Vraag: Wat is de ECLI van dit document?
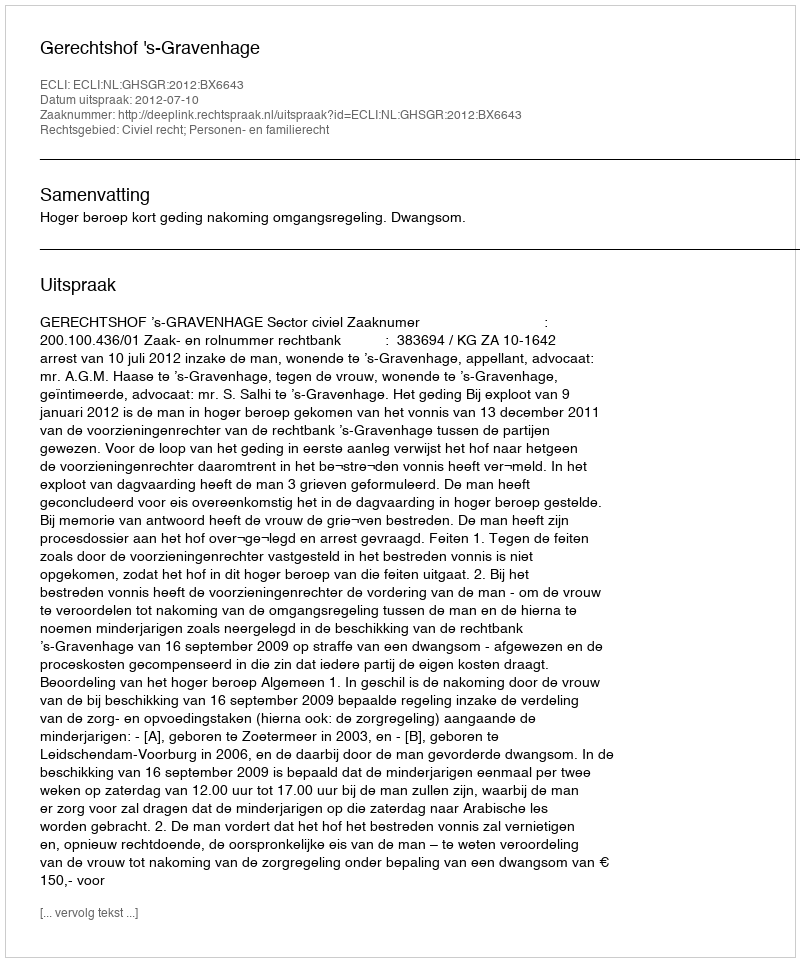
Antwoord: ECLI:NL:GHSGR:2012:BX6643